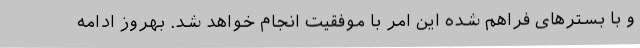
و با بستر‌های فراهم شده این امر با موفقیت انجام خواهد شد. بهروز ادامه